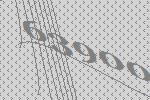
63900